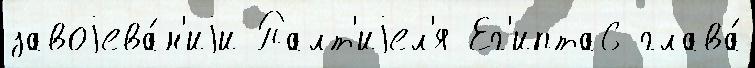
завоjева́н'иjи Палт'иjел'я Ег'ипта6 глава́